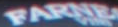
FARNE